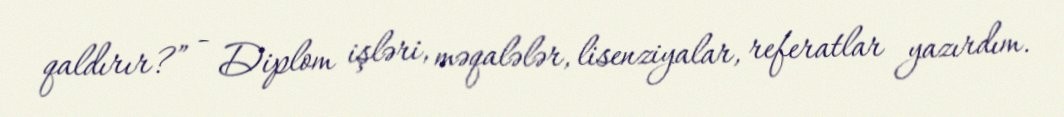
qaldırır?” - Diplom işləri, məqalələr, lisenziyalar, referatlar yazırdım.